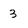
Character: 3